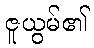
ဇူယွမ်၏